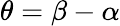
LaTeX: \theta=\beta-\alpha